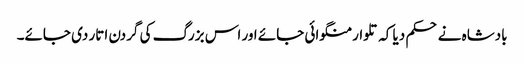
بادشاہ نے حکم دیا کہ تلوار منگوائی جائے اور اس بزرگ کی گردن اتار دی جائے۔